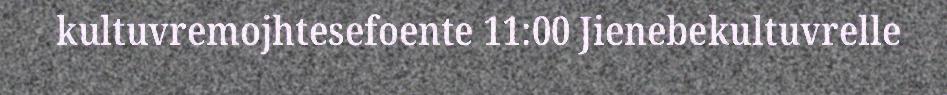
kultuvremojhtesefoente 11:00 Jienebekultuvrelle